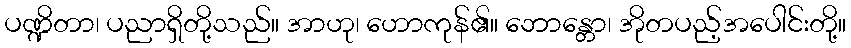
ပဏ္ဍိတာ၊ ပညာရှိတို့သည်။ အာဟု၊ ဟောကုန်၏။ ဘောန္တော၊ အိုတပည့်အပေါင်းတို့။